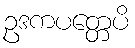
ဥဒကပတ္တေပိ